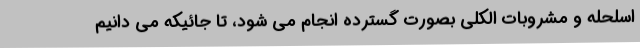
اسلحله و مشروبات الکلی بصورت گسترده انجام می شود، تا جائیکه می دانیم